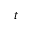
\boldsymbol { t }